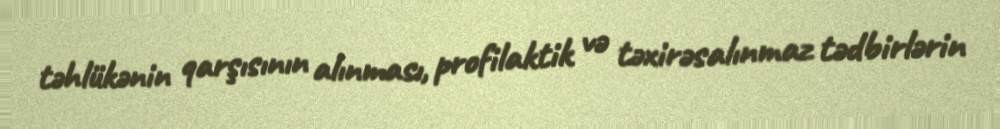
təhlükənin qarşısının alınması, profilaktik və təxirəsalınmaz tədbirlərin